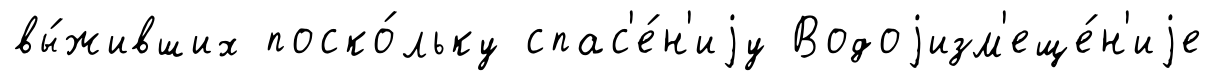
вы́живших поско́льку спас'е́н'иjу Водоjизм'еще́н'иjе